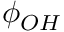
\phi _ { O H }